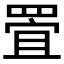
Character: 𱻅